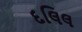
દલિલ